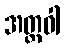
အတ္ထဝါ